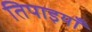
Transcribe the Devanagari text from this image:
तिपाइयाँ